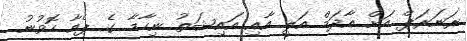
ރަނަރަޕް އަށް އާދަމް އަލީ އާއި އައިޝަތު ނިހާމާ ގެ ޕެއާ ހޮވުނު